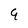
Character: 9